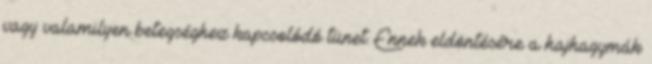
vagy valamilyen betegséghez kapcsolódó tünet. Ennek eldöntésére a hajhagymák